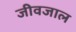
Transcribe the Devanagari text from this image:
जीवजाल